Torma_(Votikvere)_vallavalitsus, lk 57
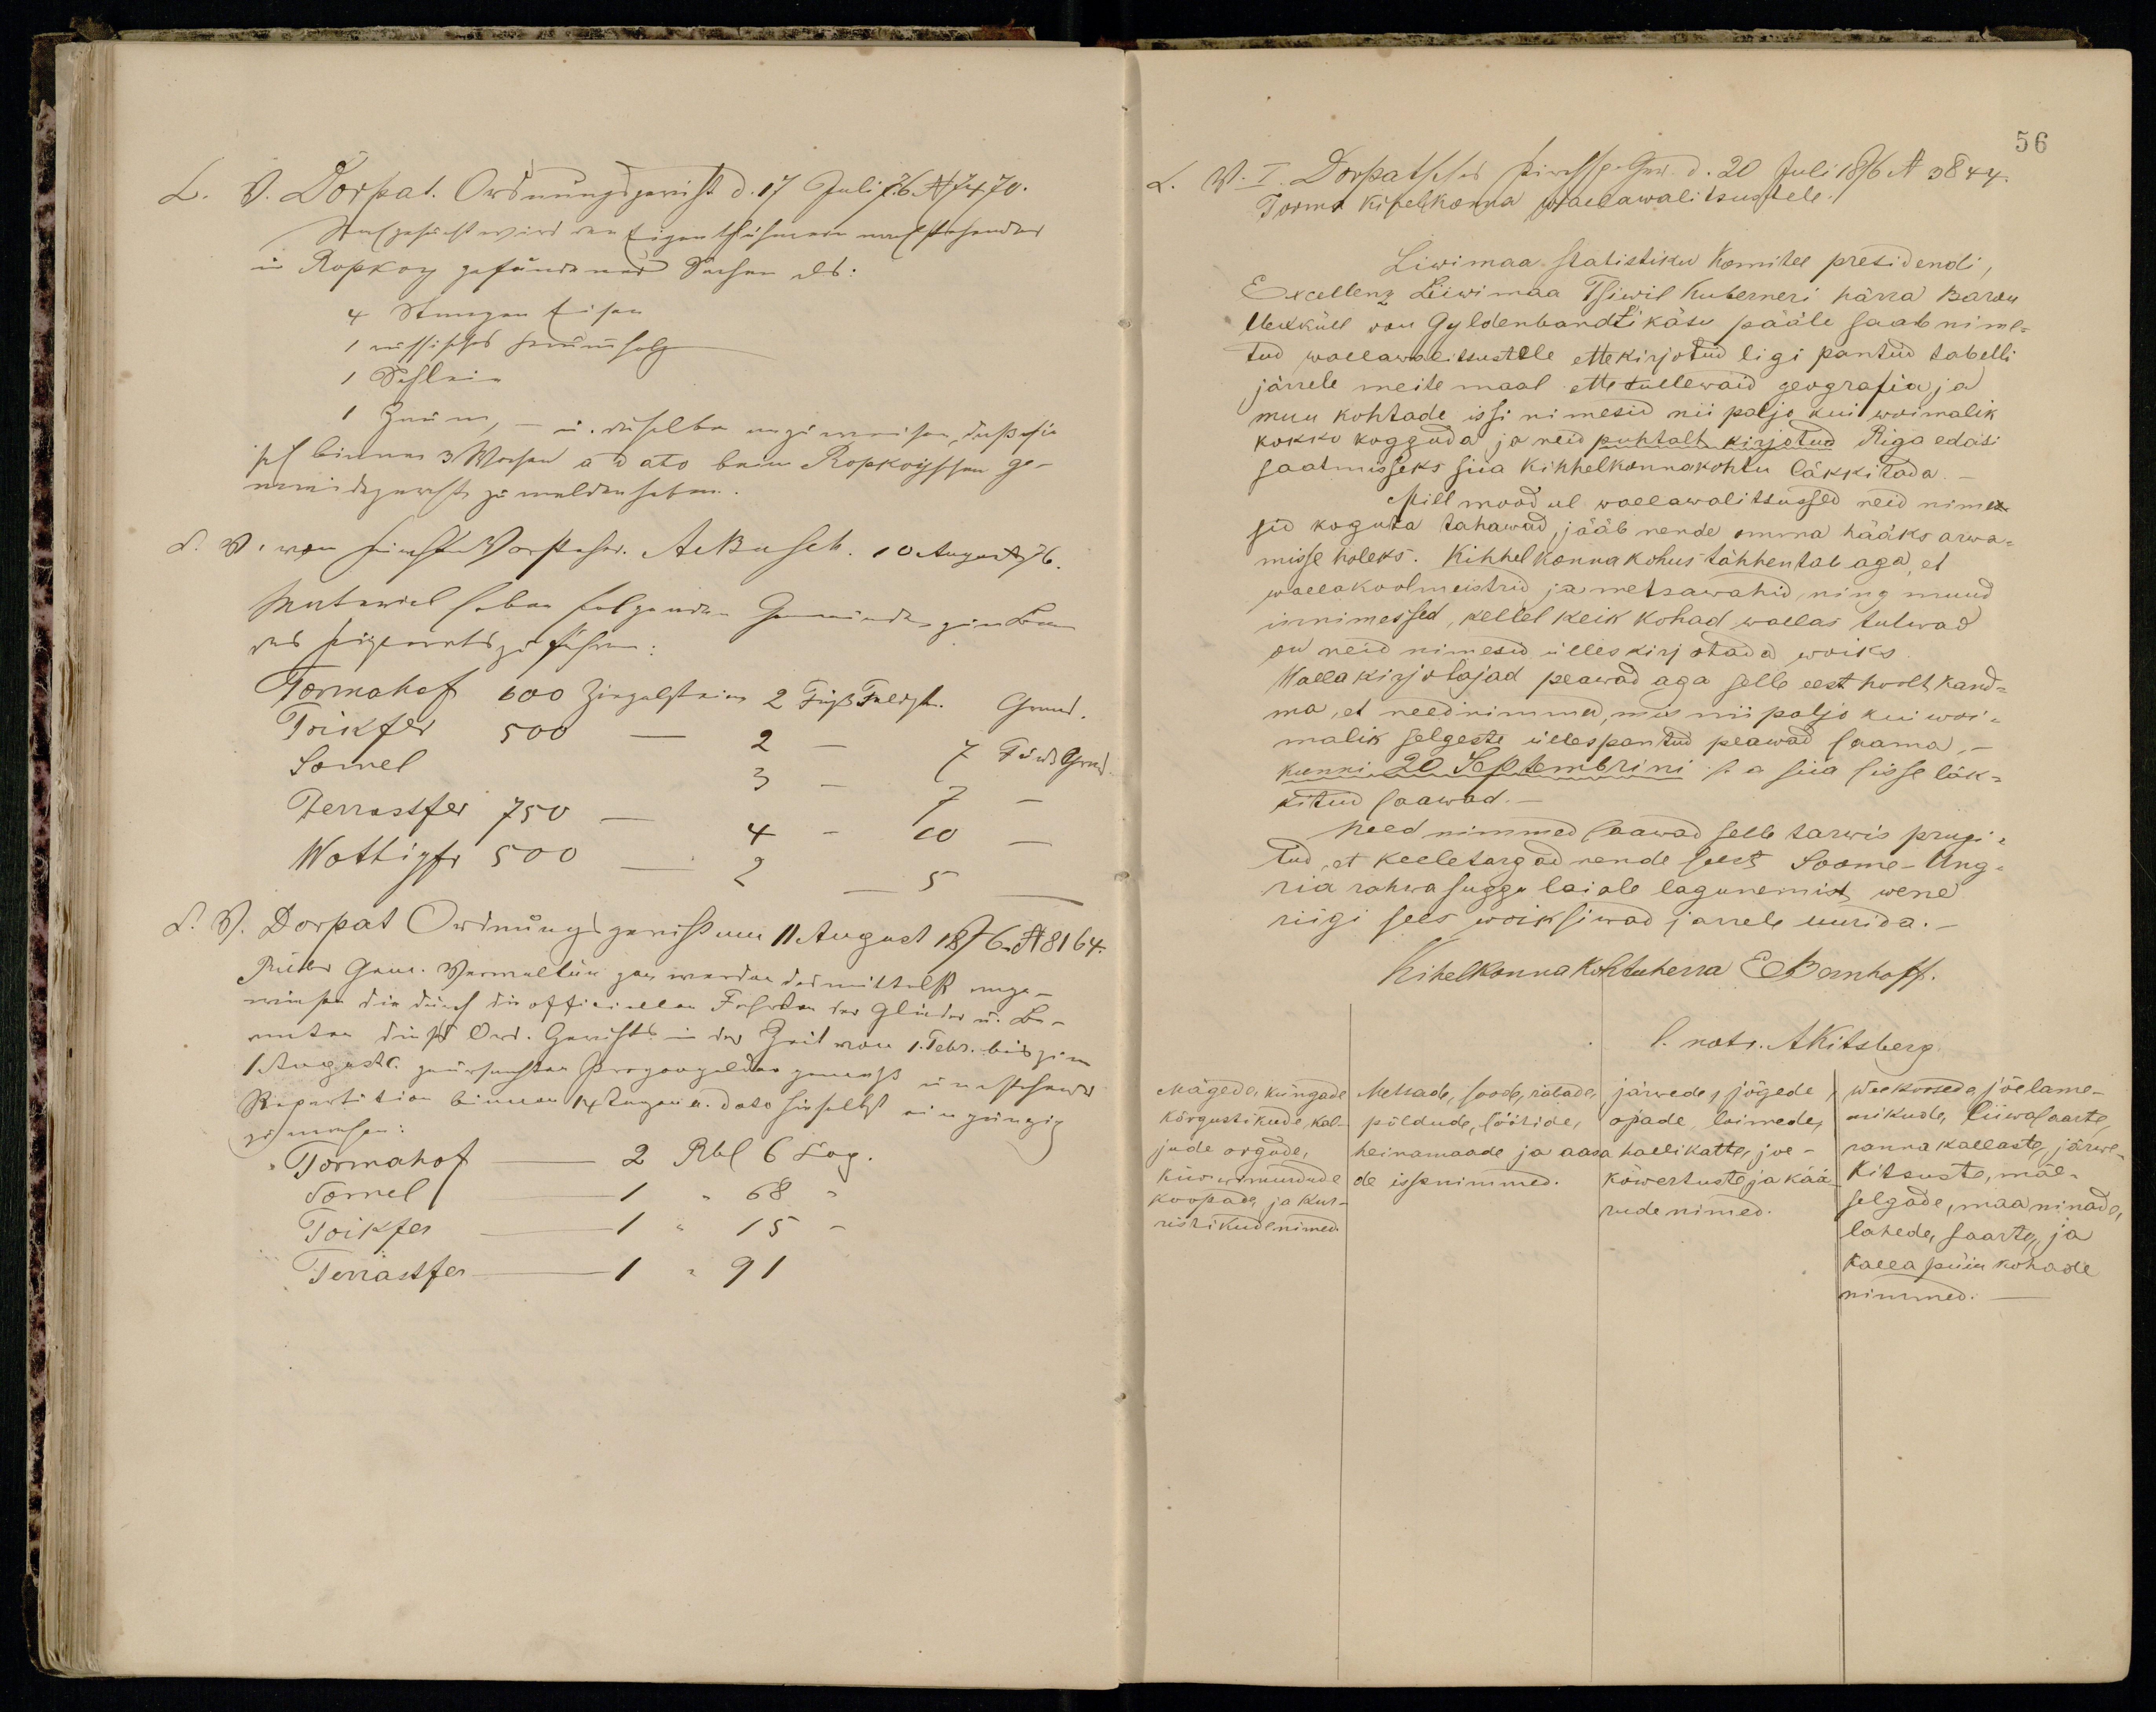
Torma kihelkonna wallawalitsustele.
Liwimaa seatistiku komitee presidendi,
Excellenz Liiwimaa Tsiwil Kuberneri härra Baron
Uexküll von Gyldenbandti käsu pääle saab nime-
tud wallawalitsustele ettekirjotud ligi pantud tabelli
järrele meite maal ette tullewaid geografia ja
muu kohtade issi nimesid nii paljo kui woimalik
kokko kogguda ja neid puhtalt kirjotud Riga edasi
saatmisseks siia kihhelkonnakohtu läkkitada.
Mill moodul wallawalitsussed neid nime-
sid koguta tahawad, jääb nende omma hääks arwa-
misse holeks. Kihhelkonnakohus tähhendab aga, et
wallakoolmeistrid ja metsavahid, ning muud
innimessed, kellel keik kohad wallas tulwad
on neid nimesid ülleskirjotada woiks
Wallakirjotajad peawad aga selle eest hoolt kand-
ma, et need nimmed, mis nii paljo kui woi-
malik selgeste üllespantud peawad saama,
kunni 20 Septembrini s. a siia sisse läk-
kitud saawad.
Need nimmed saawad selle tarwis prugi-
tud, et keeletargad nende seest Soome-Ung-
aria rahwasuggu laiale lagunemist wene
riigi sees wõiksiwad järrele uurida.
Kihelkonnakohtuherra Bernhoff.
l. notr. AKitsberg.
Mägede, küngade
kõrgustikude, kal-
jude orgude,
kiwimurdude
koopade ja Kur-
ristikude nimed.
Metsade, soode,
järvede, jõgede
põldude, löötide,
ojade, loimede,
heinamaade ja aasa
hallikatte, joe-
de issanimmed.
kõwertuste ja kää
rude nimed.
Weekoosede jõelame-
nikude, liiwasaarte
rannakallaste, järwe-
kitsuste ja mäe-
selgade, maa ninade,
lahede, saarte, ja
kalla püiu kohade
nimmed.